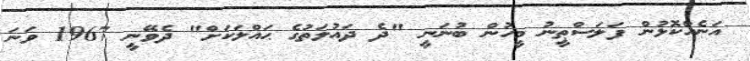
އަނެއްކޮޅުން ފަލަސްޠީނު މީހުން ބުނަނީ "ދެ ދައުލަތުގެ ޙައްލަކަށް" ދެވޭނީ 1967 ވަނަ